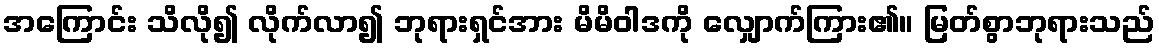
အကြောင်း သိလို၍ လိုက်လာ၍ ဘုရားရှင်အား မိမိဝါဒကို လျှောက်ကြား၏။ မြတ်စွာဘုရားသည်